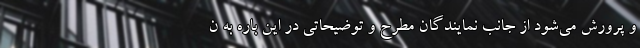
و پرورش می‌شود از جانب نمایندگان مطرح و توضیحاتی در این باره به ن